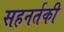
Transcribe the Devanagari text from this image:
सहनर्तकी